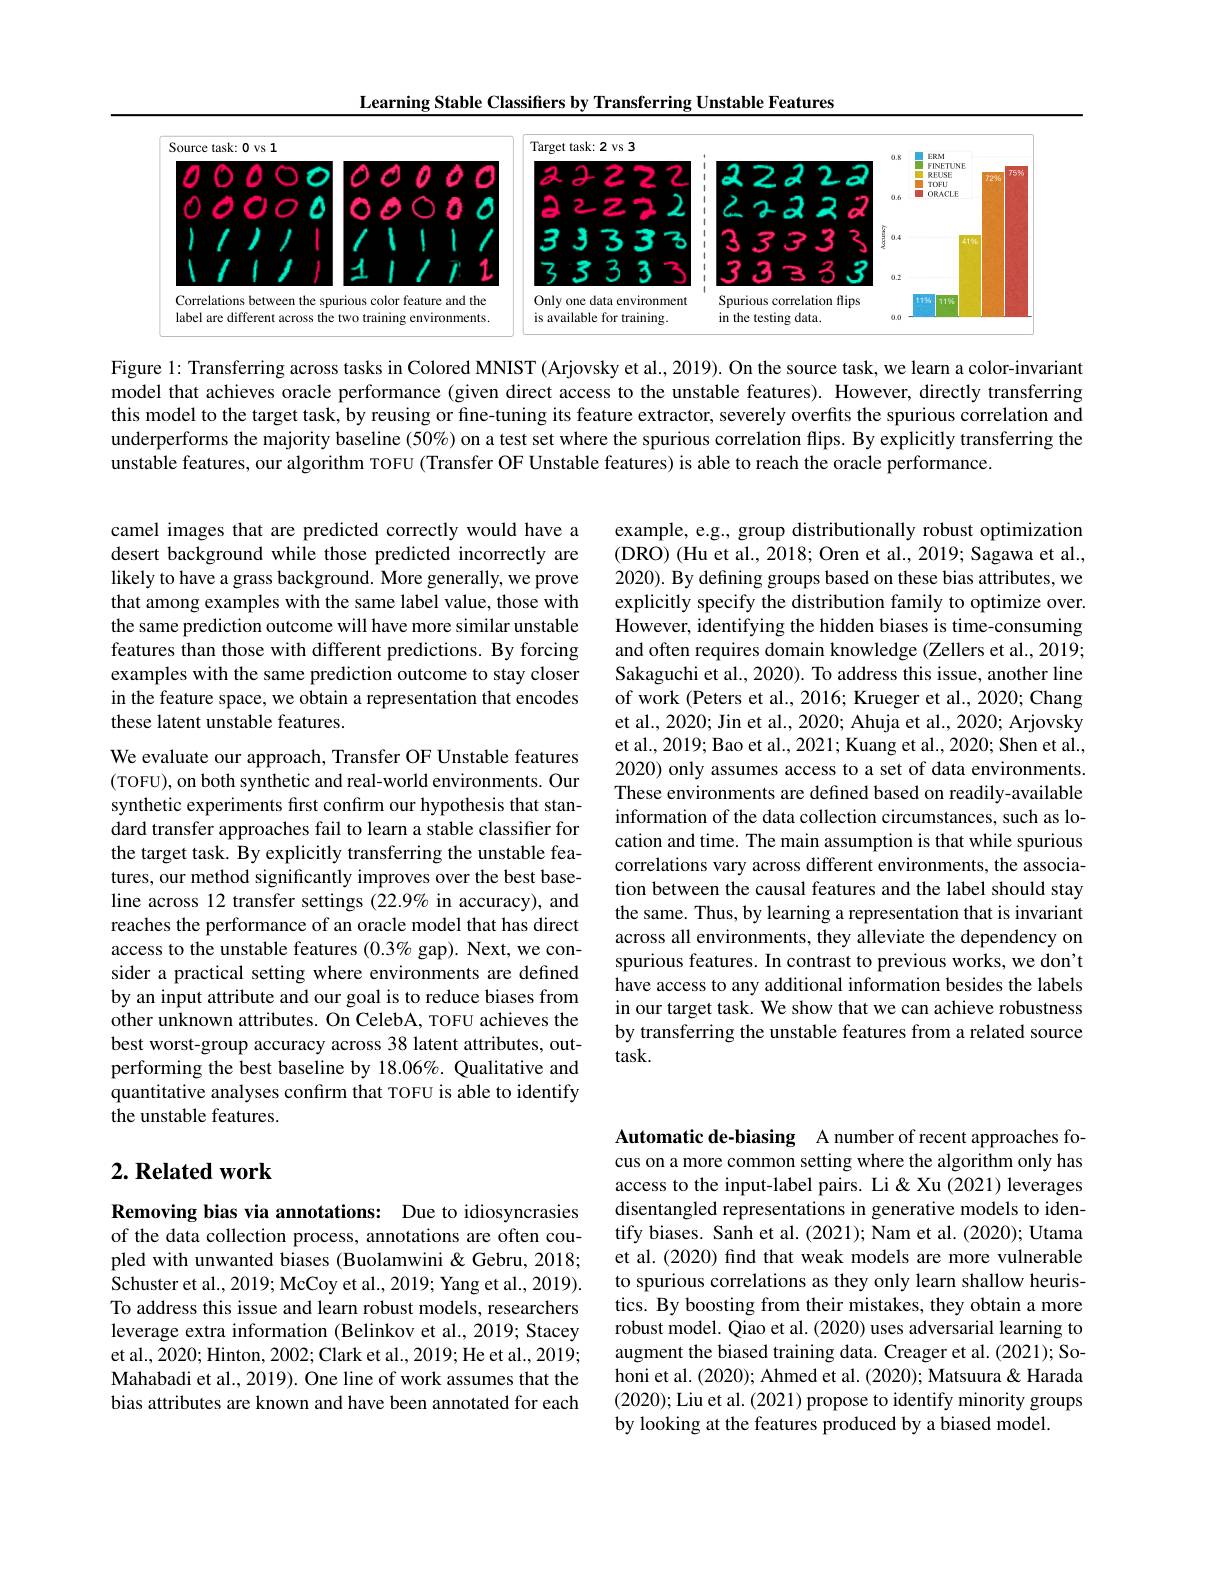
Learning Stable Classifiers by Transferring Unstable Features

<FigureHere>

Figure 1: Transferring across tasks in Colored MNIST (Arjovsky et al., 2019). On the source task, we learn a color-invariant model that achieves oracle performance (given direct access to the unstable features). However, directly transferring this model to the target task, by reusing or fine-tuning its feature extractor, severely overfits the spurious correlation and underperforms the majority baseline (50%) on a test set where the spurious correlation flips. By explicitly transferring the unstable features, our algorithm TOFU (Transfer OF Unstable features) is able to reach the oracle performance.

camel images that are predicted correctly would have a desert background while those predicted incorrectly are likely to have a grass background. More generally, we prove that among examples with the same label value, those with the same prediction outcome will have more similar unstable features than those with different predictions. By forcing examples with the same prediction outcome to stay closer in the feature space, we obtain a representation that encodes these latent unstable features.

example, e.g., group distributionally robust optimization (DRO) (Hu et al., 2018; Oren et al., 2019; Sagawa et al., 2020). By defining groups based on these bias attributes, we explicitly specify the distribution family to optimize over. However, identifying the hidden biases is time-consuming and often requires domain knowledge (Zellers et al., 2019; Sakaguchi et al., 2020). To address this issue, another line of work (Peters et al., 2016; Krueger et al., 2020; Chang et al., 2020; Jin et al., 2020; Ahuja et al., 2020; Arjovsky et al., 2019; Bao et al., 2021; Kuang et al., 2020; Shen et al., 2020) only assumes access to a set of data environments These environments are defined based on readily-available information of the data collection circumstances, such as location and time. The main assumption is that while spurious correlations vary across different environments, the association between the causal features and the label should stay the same. Thus, by learning a representation that is invariant across all environments, they alleviate the dependency on spurious features. In contrast to previous works, we don't have access to any additional information besides the labels in our target task. We show that we can achieve robustness by transferring the unstable features from a related source $task.$

We evaluate our approach, Transfer OF Unstable features (TOFU), on both synthetic and real-world environments. Our synthetic experiments first confirm our hypothesis that standard transfer approaches fail to learn a stable classifier for the target task. By explicitly transferring the unstable features, our method significantly improves over the best baseline across 12 transfer settings (22.9% in accuracy), and reaches the performance of an oracle model that has direct access to the unstable features $(0.3\%$ gap). Next, we consider a practical setting where environments are defined by an input attribute and our goal is to reduce biases from $\hat{\text{other unknown attributes. On CelebA, TOFU achieves the}}$ best worst-group accuracy across 38 latent attributes, outperforming the best baseline by 18.06%. Qualitative and quantitative analyses confırm that TOFU is able to identify the unstable features.

## $2. \textbf{Related work}$

Automatic de-biasing A number of recent approaches focus on a more common setting where the algorithm only has access to the input-label pairs. Li&Xu (2021) leverages disentangled representations in generative models to identify biases. Sanh et al. (2021); Nam et al. (2020); Utama et al. (2020) find that weak models are more vulnerable to spurious correlations as they only learn shallow heuristics. By boosting from their mistakes, they obtain a more robust model. Qiao et al. (2020) uses adversarial learning to augment the biased training data. Creager et al. (2021); Sohoni et al. (2020); Ahmed et al. (2020); Matsuura & Harada (2020); Liu et al. (2021) propose to identify minority groups by looking at the features produced by a biased model.

Removing bias via annotations: Due to idiosyncrasies of the data collection process, annotations are often coupled with unwanted biases (Buolamwini &Gebru, 2018; Schuster et al., 2019; McCoy et al., 2019; Yang et al., 2019). To address this issue and learn robust models, researchers leverage extra information (Belinkov et al., 2019; Stacey et al., 2020; Hinton, 2002; Clark et al., 2019; He et al., 2019; Mahabadi et al., 2019). One line of work assumes that the bias attributes are known and have been annotated for each